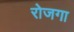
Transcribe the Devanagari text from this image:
रोजगा